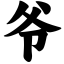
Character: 爷